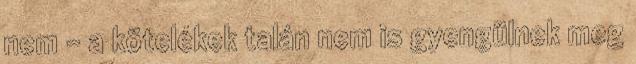
nem – a kötelékek talán nem is gyengülnek meg